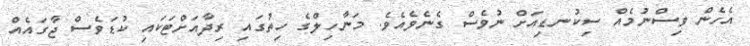
އެހެން ވިސްނުމެއް ސިކުނޑިއަށް ނުވެސް ގެނެވެއެވެ. މަނާހިލްގެ ހިތުގައި ރިދާއަށްޓަކައި ކުޑަވެސް ޖާގައެއް